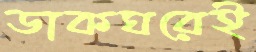
ডাকঘরেই